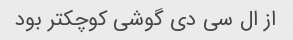
از ال سی دی گوشی کوچکتر بود